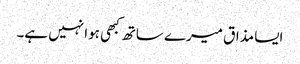
ایسا مذاق میرے ساتھ کبھی ہوا نہیں ہے۔